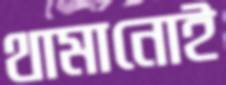
থামানোই